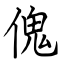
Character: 傀